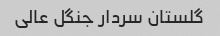
گلستان سردار جنگل عالی